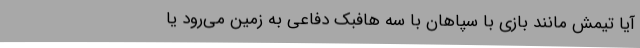
آیا تیمش مانند بازی با سپاهان با سه هافبک دفاعی به زمین می‌رود یا